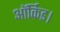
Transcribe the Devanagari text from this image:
ऑर्किड।